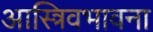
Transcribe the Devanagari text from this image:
आस्त्रिवभावना